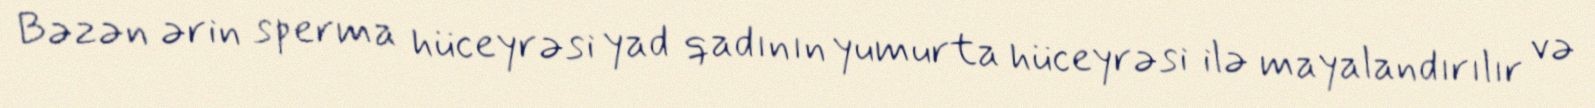
Bəzən ərin sperma hüceyrəsi yad qadının yumurta hüceyrəsi ilə mayalandırılır və